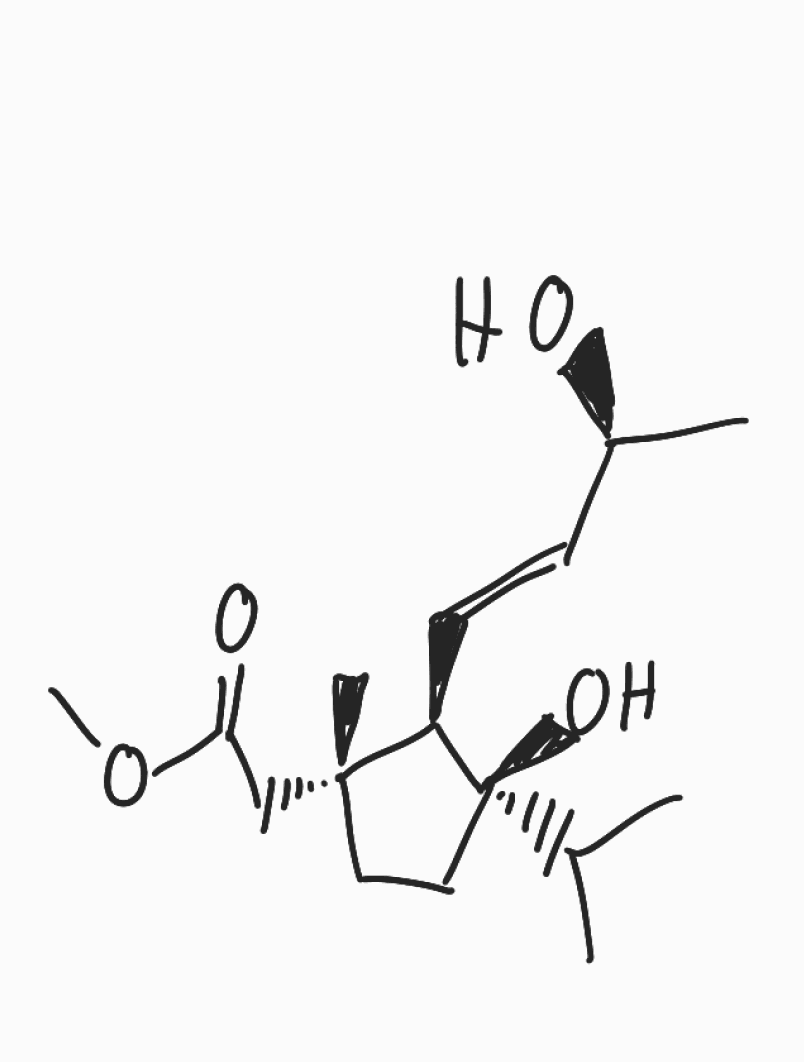
Simplified molecular-input line-entry system (SMILES) notation of the given molecule:
C[C@@H](/C=C/[C@@H]1[C@@](CC[C@]1(C(C)C)O)(C)CC(=O)OC)O